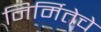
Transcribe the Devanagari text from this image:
निर्मितेचे